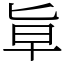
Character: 㔬